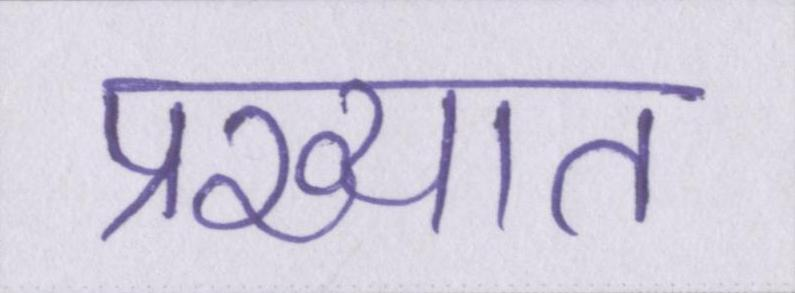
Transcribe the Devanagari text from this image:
प्रख्यात